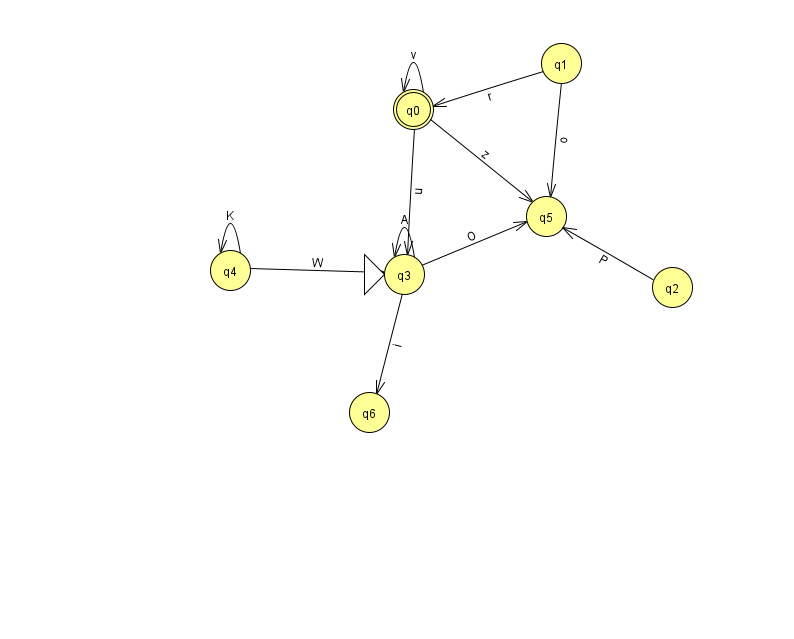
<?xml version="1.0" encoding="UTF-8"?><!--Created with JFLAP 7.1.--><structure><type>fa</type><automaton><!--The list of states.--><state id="0" name="q0"><x>413.0</x><y>96.0</y><final/></state><state id="1" name="q1"><x>561.0</x><y>50.0</y></state><state id="2" name="q2"><x>672.0</x><y>274.0</y></state><state id="3" name="q3"><x>404.0</x><y>261.0</y><initial/></state><state id="4" name="q4"><x>230.0</x><y>257.0</y></state><state id="5" name="q5"><x>546.0</x><y>203.0</y></state><state id="6" name="q6"><x>369.0</x><y>399.0</y></state><!--The list of transitions.--><transition><from>3</from><to>6</to><read>i</read></transition><transition><from>0</from><to>5</to><read>z</read></transition><transition><from>1</from><to>5</to><read>o</read></transition><transition><from>2</from><to>5</to><read>P</read></transition><transition><from>3</from><to>3</to><read>A</read></transition><transition><from>3</from><to>5</to><read>O</read></transition><transition><from>0</from><to>3</to><read>u</read></transition><transition><from>0</from><to>0</to><read>v</read></transition><transition><from>1</from><to>0</to><read>r</read></transition><transition><from>4</from><to>3</to><read>W</read></transition><transition><from>4</from><to>4</to><read>K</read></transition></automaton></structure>